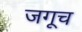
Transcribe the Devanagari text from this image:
जगूच